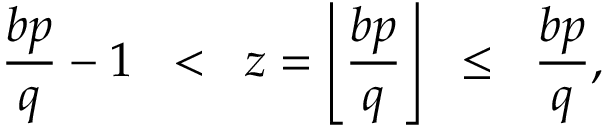
{ \frac { b p } { q } } - 1 \; \; < \; \; z = \left\lfloor { \frac { b p } { q } } \right\rfloor \; \; \leq \; \; { \frac { b p } { q } } ,